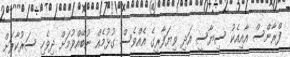
ފްރާންސް އާއިއެކު ސިޔާސީ އަދި ވިޔަފާރީގެ އެއްވެސް ގުޅުމެއް ނުބޭއްވުމަށް ދިވެހި ސަރުކާރަށް